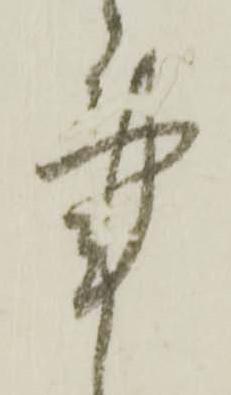
事